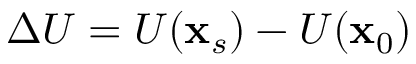
\Delta U = U ( \mathbf { x } _ { s } ) - U ( \mathbf { x } _ { 0 } )